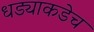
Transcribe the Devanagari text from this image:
धड्याकडेच